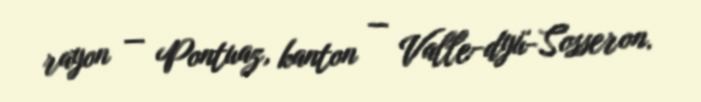
rayon — Pontuaz, kanton — Valle-dyü-Sosseron.